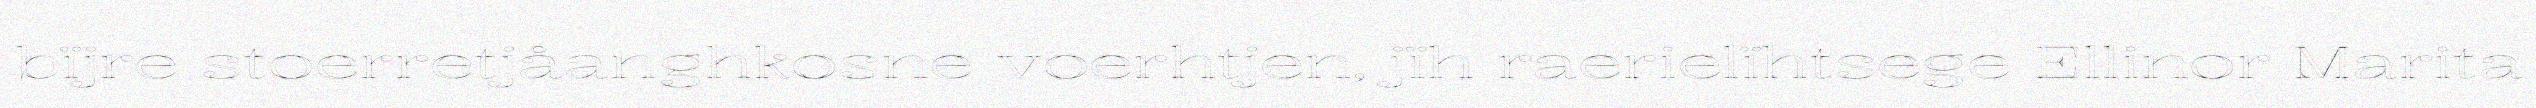
bïjre stoerretjåanghkosne voerhtjen, jïh raerielïhtsege Ellinor Marita